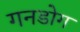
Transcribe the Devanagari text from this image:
गनडोग